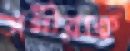
সগীরকে